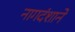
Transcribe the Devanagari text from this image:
नागदंशाने